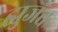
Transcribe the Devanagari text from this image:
झुजंत